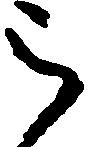
被